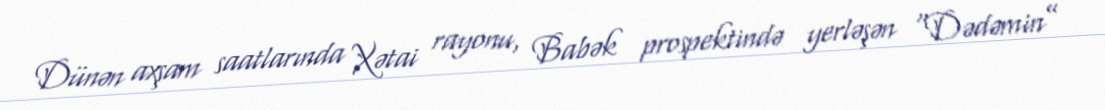
Dünən axşam saatlarında Xətai rayonu, Babək prospektində yerləşən “Dədəmin”